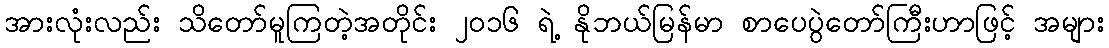
အားလုံးလည်း သိတော်မူကြတဲ့အတိုင်း ၂ဝ၁၆ ရဲ့ နိုဘယ်မြန်မာ စာပေပွဲတော်ကြီးဟာဖြင့် အများ